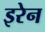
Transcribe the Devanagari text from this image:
इरेन